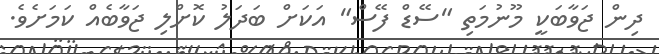
ދިން ޖަވާބަކީ މޫނުމަތި "ސޭޑް ފޭސް" އަކަށް ބަދަލު ކޮށްލި ޖަވާބެއް ކަމަށެވެ.